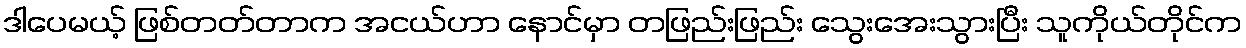
ဒါပေမယ့် ဖြစ်တတ်တာက အငယ်ဟာ နောင်မှာ တဖြည်းဖြည်း သွေးအေးသွားပြီး သူကိုယ်တိုင်က